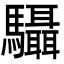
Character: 䯀